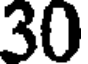
30